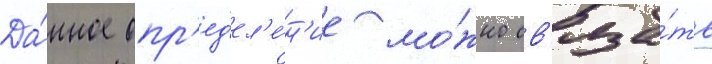
Да́нное опр'ед'ел'е́н'ие мо́жно св'яза́ть